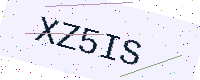
Text: XZ5IS